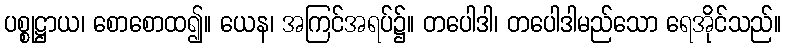
ပစ္စုဋ္ဌာယ၊ စောစောထ၍။ ယေန၊ အကြင်အရပ်၌။ တပေါဒါ၊ တပေါဒါမည်သော ရေအိုင်သည်။